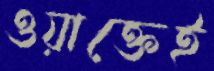
ওয়াক্তেই